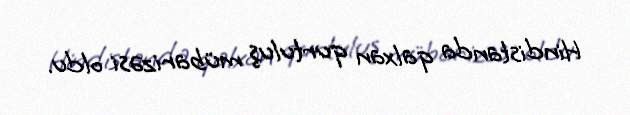
Hindistanda qalxan qurtuluş mübarizəsi oldu.